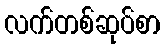
လက်တစ်ဆုပ်စာ